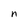
Character: n